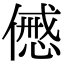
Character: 𠎰